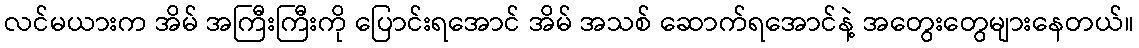
လင်မယားက အိမ် အကြီးကြီးကို ပြောင်းရအောင် အိမ် အသစ် ဆောက်ရအောင်နဲ့ အတွေးတွေများနေတယ်။